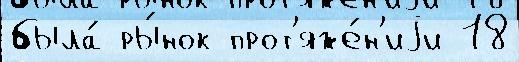
была́ ры́нок прот'яже́н'иjи 18